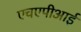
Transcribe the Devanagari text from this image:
एचएपीआई